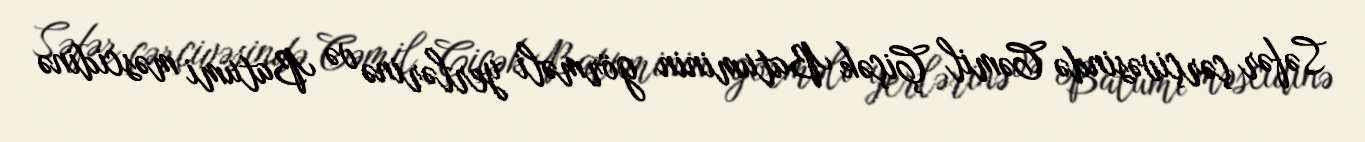
Səfər çərçivəsində Cəmil Çiçək Batuminin görməli yerlərinə və Batumi məscidinə